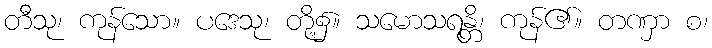
တီသု၊ ကုန်သော။ ပဒေသု၊ တို့၌။ သမောသရန္တိ၊ ကုန်၏။ တဏှာ စ၊